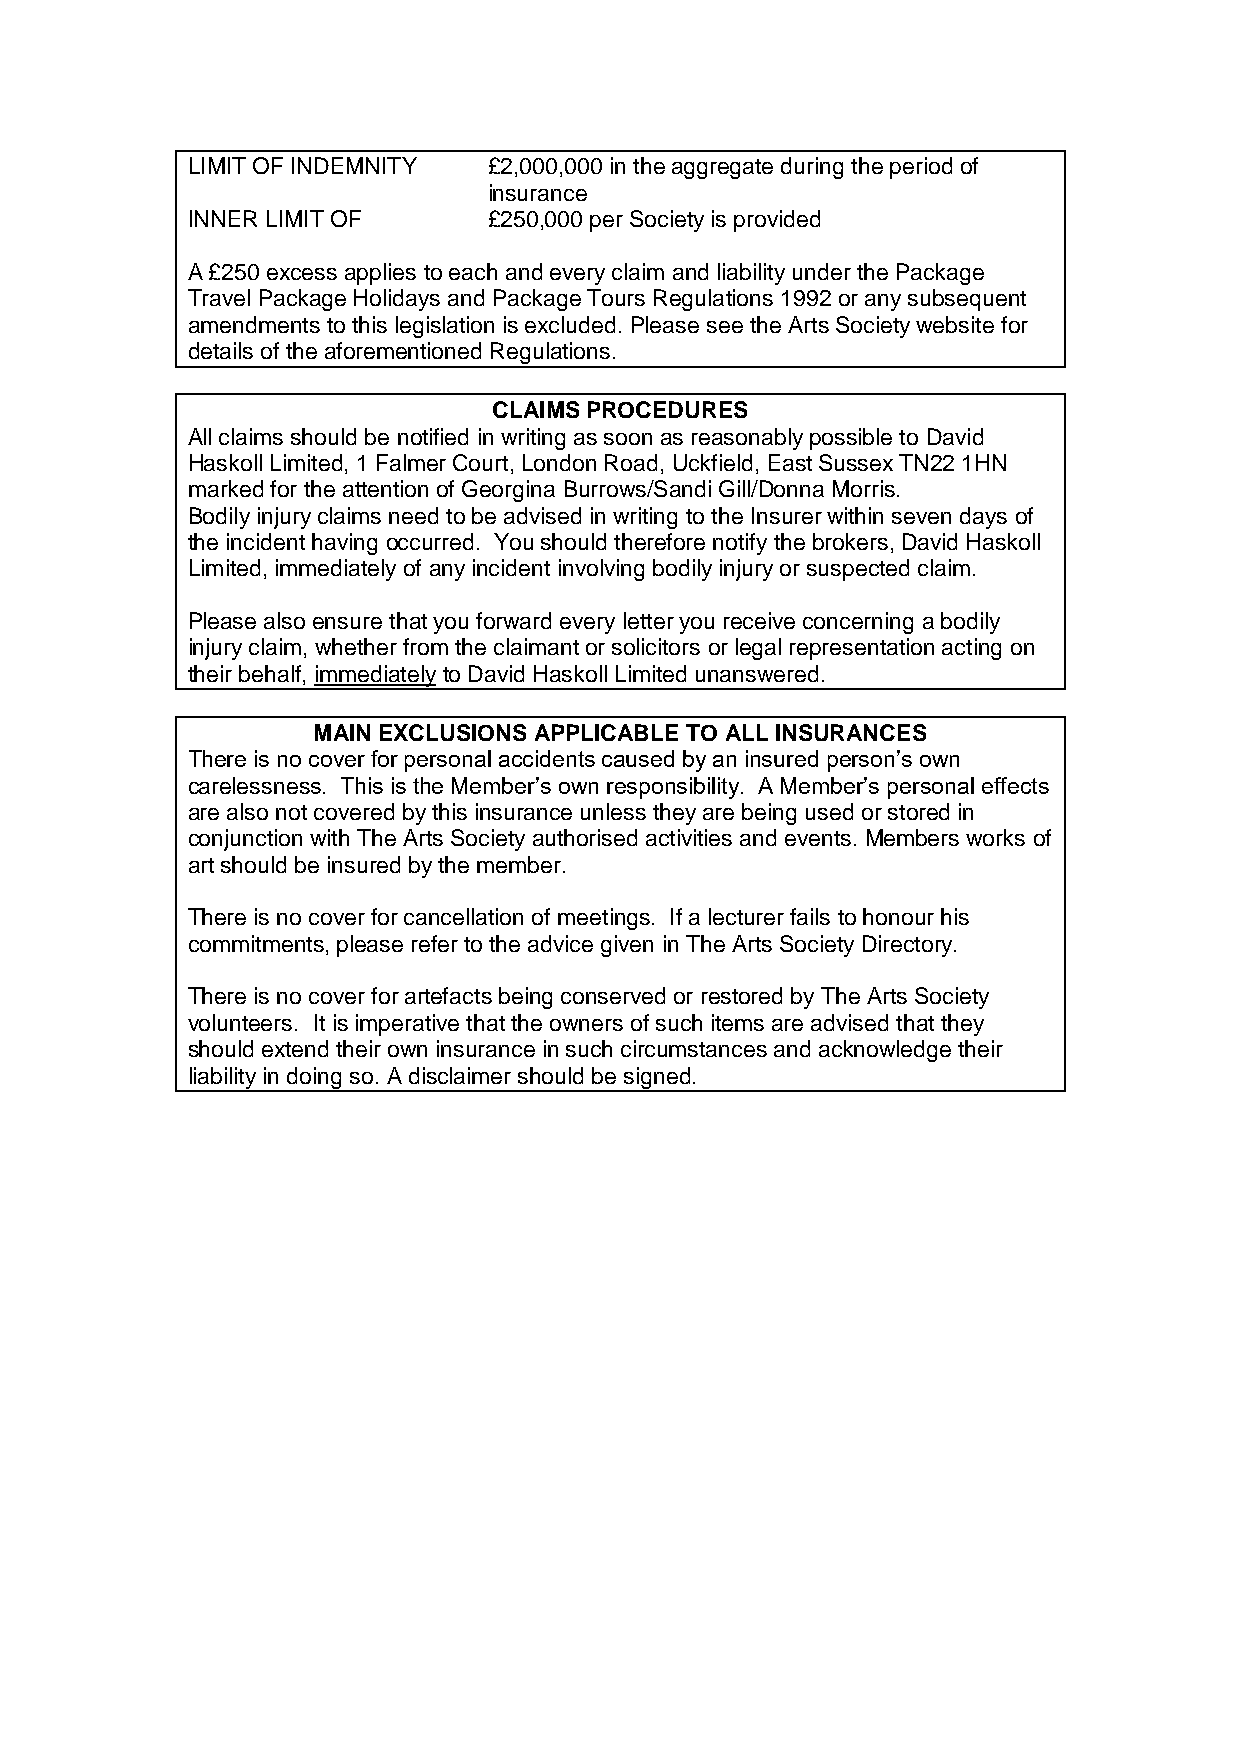
LIMIT OF INDEMNITY  £2,000,000 in the aggregate during the period of
 insurance
 INNER LIMIT OF      £250,000 per Society is provided
 A £250 excess applies to each and every claim and liability under the Package
 Travel Package Holidays and Package Tours Regulations 1992 or any subsequent
 amendments to this legislation is excluded. Please see the Arts Society website for
 details of the aforementioned Regulations.
 CLAIMS PROCEDURES
 All claims should be notified in writing as soon as reasonably possible to David
 Haskoll Limited, 1 Falmer Court, London Road, Uckfield, East Sussex TN22 1HN
 marked for the attention of Georgina Burrows/Sandi Gill/Donna Morris.
 Bodily injury claims need to be advised in writing to the Insurer within seven days of
 the incident having occurred. You should therefore notify the brokers, David Haskoll
 Limited, immediately of any incident involving bodily injury or suspected claim.
 Please also ensure that you forward every letter you receive concerning a bodily
 injury claim, whether from the claimant or solicitors or legal representation acting on
 their behalf, immediately to David Haskoll Limited unanswered.
 MAIN EXCLUSIONS APPLICABLE TO ALL INSURANCES
 There is no cover for personal accidents caused by an insured person’s own
 carelessness. This is the Member’s own responsibility. A Member’s personal effects
 are also not covered by this insurance unless they are being used or stored in
 conjunction with The Arts Society authorised activities and events. Members works of
 art should be insured by the member.
 There is no cover for cancellation of meetings. If a lecturer fails to honour his
 commitments, please refer to the advice given in The Arts Society Directory.
 There is no cover for artefacts being conserved or restored by The Arts Society
 volunteers. It is imperative that the owners of such items are advised that they
 should extend their own insurance in such circumstances and acknowledge their
 liability in doing so. A disclaimer should be signed.